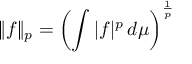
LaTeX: \| f \| _ { p } = \left( \int | f | ^ { p } \, d \mu \right) ^ { \frac { 1 } { p } }